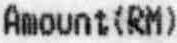
AMOUNT(RM)